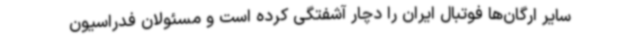
سایر ارگان‌ها فوتبال ایران را دچار آشفتگی کرده است و مسئولان فدراسیون